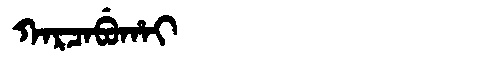
Manchu: ᡴᠠᡵᠴᠠᠪᡠᡥᠠᡳ
Romanization: KARCABUHAI